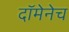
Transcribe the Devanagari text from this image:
दॉमेनेच